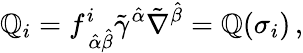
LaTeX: \mathbb{Q}_{i}=f_{\, \hat{{\alpha}}\hat{{\beta}}}^{i}\tilde{{\gamma}}^{\hat{{\alpha}}}\tilde{{\nabla}}^{\hat{{\beta}}}={\cal\mathbb{Q}}(\sigma_{i})\, ,